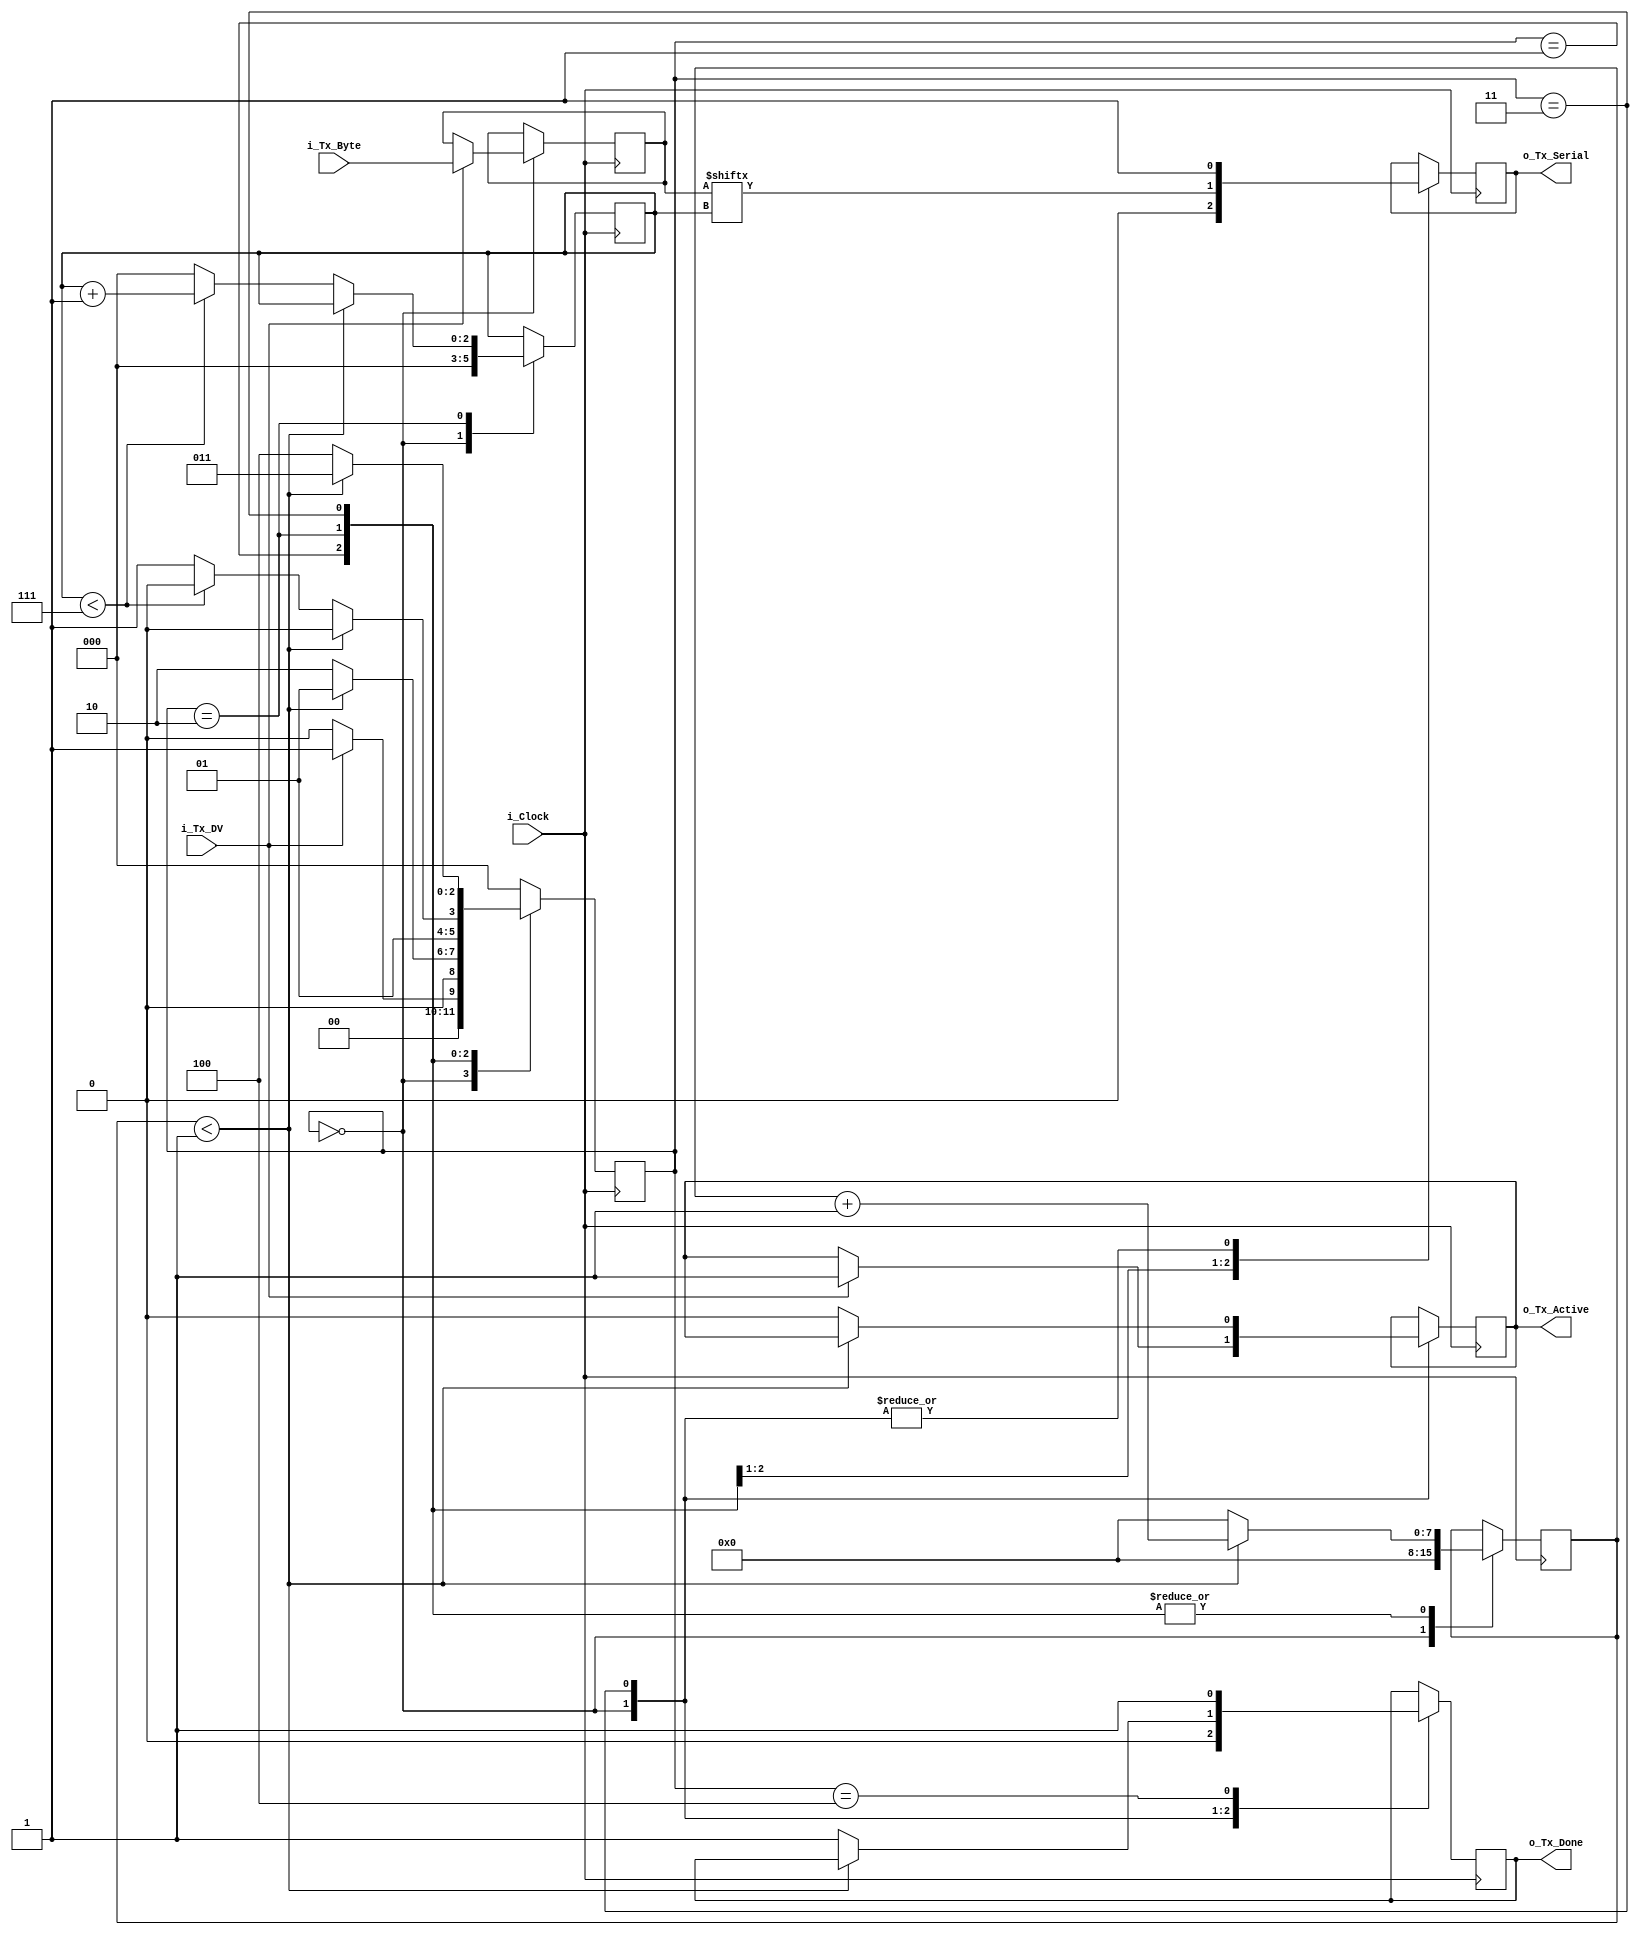
`timescale 1ns / 1ps

//////////////////////////////////////////////////////////////////////////////////
// Set Parameter CLKS_PER_BIT as follows:
// CLKS_PER_BIT = (Frequency of i_Clock)/(Frequency of UART)
// Example: 10 MHz Clock, 115200 baud UART
// (10000000)/(115200) = 87

module transmitter (
   input       i_Clock,
   input       i_Tx_DV,
   input [7:0] i_Tx_Byte, 
   output      o_Tx_Active,
   output    reg  o_Tx_Serial,
   output      o_Tx_Done
   );
  
  parameter CLKS_PER_BIT   = 2;
  parameter s_IDLE         = 3'b000;
  parameter s_TX_START_BIT = 3'b001;
  parameter s_TX_DATA_BITS = 3'b010;
  parameter s_TX_STOP_BIT  = 3'b011;
  parameter s_CLEANUP      = 3'b100;
  
  reg [2:0]    r_SM_Main     = 0;
  reg [7:0]    r_Clock_Count = 0;
  reg [2:0]    r_Bit_Index   = 0;
  reg [7:0]    r_Tx_Data     = 0;
  reg          r_Tx_Done     = 0;
  reg          r_Tx_Active   = 0;
     
  always @(posedge i_Clock)
    begin
       
      case (r_SM_Main)
        s_IDLE :
          begin
            o_Tx_Serial   <= 1'b1;         // Drive Line High for Idle
            r_Tx_Done     <= 1'b0;
            r_Clock_Count <= 0;
            r_Bit_Index   <= 0;
             
            if (i_Tx_DV == 1'b1)
              begin
                r_Tx_Active <= 1'b1;
                r_Tx_Data   <= i_Tx_Byte;
                r_SM_Main   <= s_TX_START_BIT;
              end
            else
              r_SM_Main <= s_IDLE;
          end // case: s_IDLE
         
         
        // Send out Start Bit. Start bit = 0
        s_TX_START_BIT :
          begin
            o_Tx_Serial <= 1'b0;
             
            // Wait CLKS_PER_BIT-1 clock cycles for start bit to finish
            if (r_Clock_Count < CLKS_PER_BIT-1)
              begin
                r_Clock_Count <= r_Clock_Count + 1;
                r_SM_Main     <= s_TX_START_BIT;
              end
            else
              begin
                r_Clock_Count <= 0;
                r_SM_Main     <= s_TX_DATA_BITS;
              end
          end // case: s_TX_START_BIT
         
         
        // Wait CLKS_PER_BIT-1 clock cycles for data bits to finish         
        s_TX_DATA_BITS :
          begin
            o_Tx_Serial <= r_Tx_Data[r_Bit_Index];
             
            if (r_Clock_Count < CLKS_PER_BIT-1)
              begin
                r_Clock_Count <= r_Clock_Count + 1;
                r_SM_Main     <= s_TX_DATA_BITS;
              end
            else
              begin
                r_Clock_Count <= 0;
                 
                // Check if we have sent out all bits
                if (r_Bit_Index < 7)
                  begin
                    r_Bit_Index <= r_Bit_Index + 1;
                    r_SM_Main   <= s_TX_DATA_BITS;
                  end
                else
                  begin
                    r_Bit_Index <= 0;
                    r_SM_Main   <= s_TX_STOP_BIT;
                  end
              end
          end // case: s_TX_DATA_BITS
         
         
        // Send out Stop bit.  Stop bit = 1
        s_TX_STOP_BIT :
          begin
            o_Tx_Serial <= 1'b1;
             
            // Wait CLKS_PER_BIT-1 clock cycles for Stop bit to finish
            if (r_Clock_Count < CLKS_PER_BIT-1)
              begin
                r_Clock_Count <= r_Clock_Count + 1;
                r_SM_Main     <= s_TX_STOP_BIT;
              end
            else
              begin
                r_Tx_Done     <= 1'b1;
                r_Clock_Count <= 0;
                r_SM_Main     <= s_CLEANUP;
                r_Tx_Active   <= 1'b0;
              end
          end // case: s_Tx_STOP_BIT
         
         
        // Stay here 1 clock
        s_CLEANUP :
          begin
            r_Tx_Done <= 1'b1;
            r_SM_Main <= s_IDLE;
          end
         
         
        default :
          r_SM_Main <= s_IDLE;
         
      endcase
    end
 
  assign o_Tx_Active = r_Tx_Active;
  assign o_Tx_Done   = r_Tx_Done;
   
endmodule